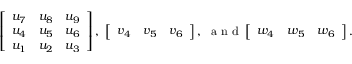
\left[ \begin{array} { l l l } { u _ { 7 } } & { u _ { 8 } } & { u _ { 9 } } \\ { u _ { 4 } } & { u _ { 5 } } & { u _ { 6 } } \\ { u _ { 1 } } & { u _ { 2 } } & { u _ { 3 } } \end{array} \right] , ~ \left[ \begin{array} { l l l } { v _ { 4 } } & { v _ { 5 } } & { v _ { 6 } } \end{array} \right] , ~ \mathrm { ~ a ~ n ~ d ~ } \left[ \begin{array} { l l l } { w _ { 4 } } & { w _ { 5 } } & { w _ { 6 } } \end{array} \right] .